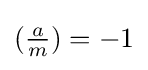
({\tfrac {a}{m}})=-1